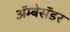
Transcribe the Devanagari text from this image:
अॅम्बेसॅडर